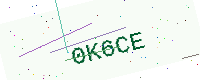
Text: 0K6CE